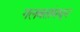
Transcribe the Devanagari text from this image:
गलबतांमधून